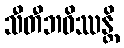
သီတီဘဝိဿန္တိ